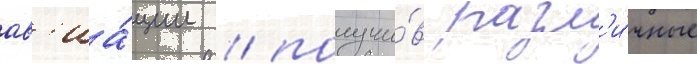
ав'иа́ции / получи́в разл'и́чные